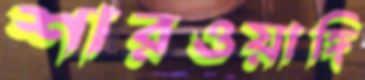
শারওয়াঙ্গি